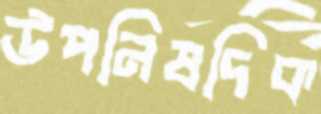
উপনিষদিক